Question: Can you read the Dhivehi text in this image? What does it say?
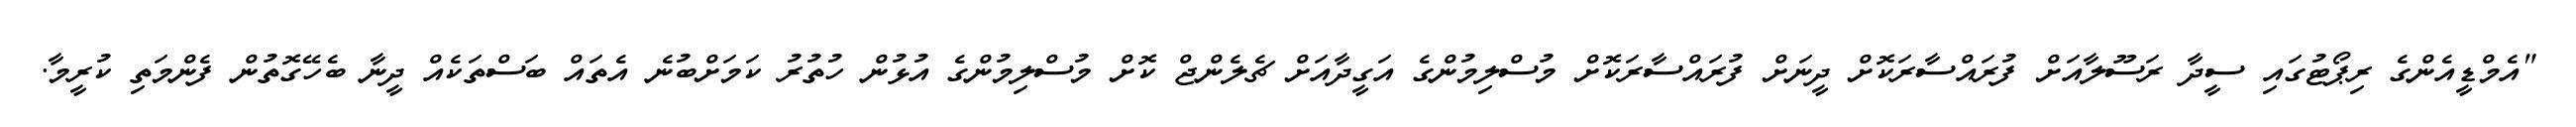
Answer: "އެމްޑީއެންގެ ރިޕޯޓުގައި ސީދާ ރަސޫލާއަށް ފުރައްސާރަކޮށް ދީނަށް ފުރައްސާރަކޮށް މުސްލިމުންގެ އަގީދާއަށް ޗެލެންޖް ކޮށް މުސްލިމުންގެ އުޅުން ހުތުރު ކަމަށްބުނެ އެތައް ބަސްތަކެއް ދީނާ ބެހޭގޮތުން ފެންމަތި ކުރީމާ.